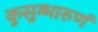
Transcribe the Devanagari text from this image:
कुसुम्भारुणं